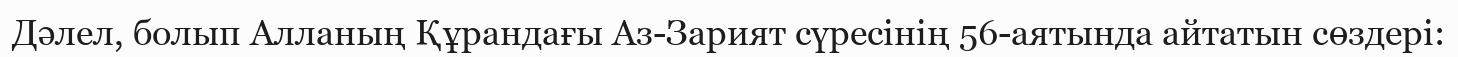
Дәлел, болып Алланың Құрандағы Аз-Зарият сүресінің 56-аятында айтатын сөздері: